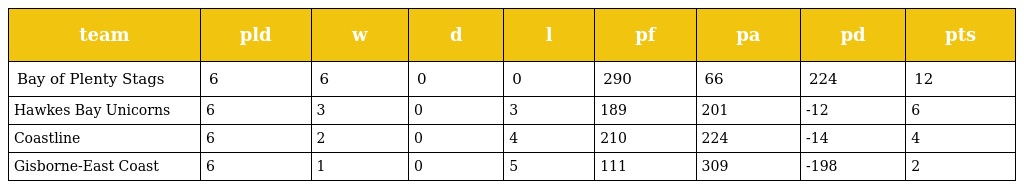
| team | pld | w | d | l | pf | pa | pd | pts |
 | --- | --- | --- | --- | --- | --- | --- | --- | --- |
 | Bay of Plenty Stags | 6 | 6 | 0 | 0 | 290 | 66 | 224 | 12 |
 | Hawkes Bay Unicorns | 6 | 3 | 0 | 3 | 189 | 201 | -12 | 6 |
 | Coastline | 6 | 2 | 0 | 4 | 210 | 224 | -14 | 4 |
 | Gisborne-East Coast | 6 | 1 | 0 | 5 | 111 | 309 | -198 | 2 |